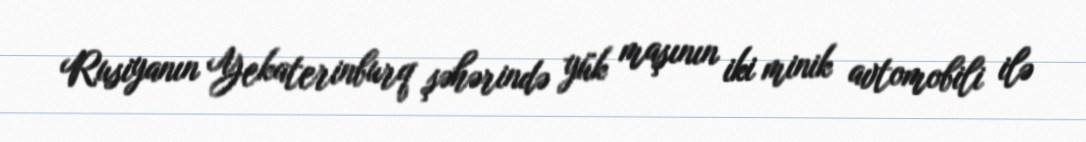
Rusiyanın Yekaterinburq şəhərində yük maşının iki minik avtomobili ilə